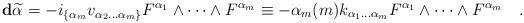
LaTeX: \begin{align*}\mathbf{d}\widetilde\alpha =-i_{\{\alpha_m} v_{\alpha_2\dots \alpha_m\}}F^{\alpha_1} \wedge \dots \wedge F^{\alpha_m}\equiv-\alpha_m(m) k_{\alpha_1\dots \alpha_m}F^{\alpha_1} \wedge \dots \wedge F^{\alpha_m}\quad.\end{align*}